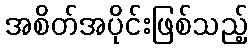
အစိတ်အပိုင်းဖြစ်သည့်